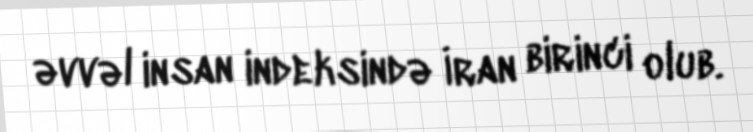
əvvəl insan indeksində İran birinci olub.